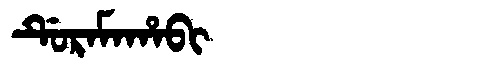
Manchu: ᡩᡠᡵᠠᠮᠠᡥᠠᠪᡳ
Romanization: DURAMAHABI